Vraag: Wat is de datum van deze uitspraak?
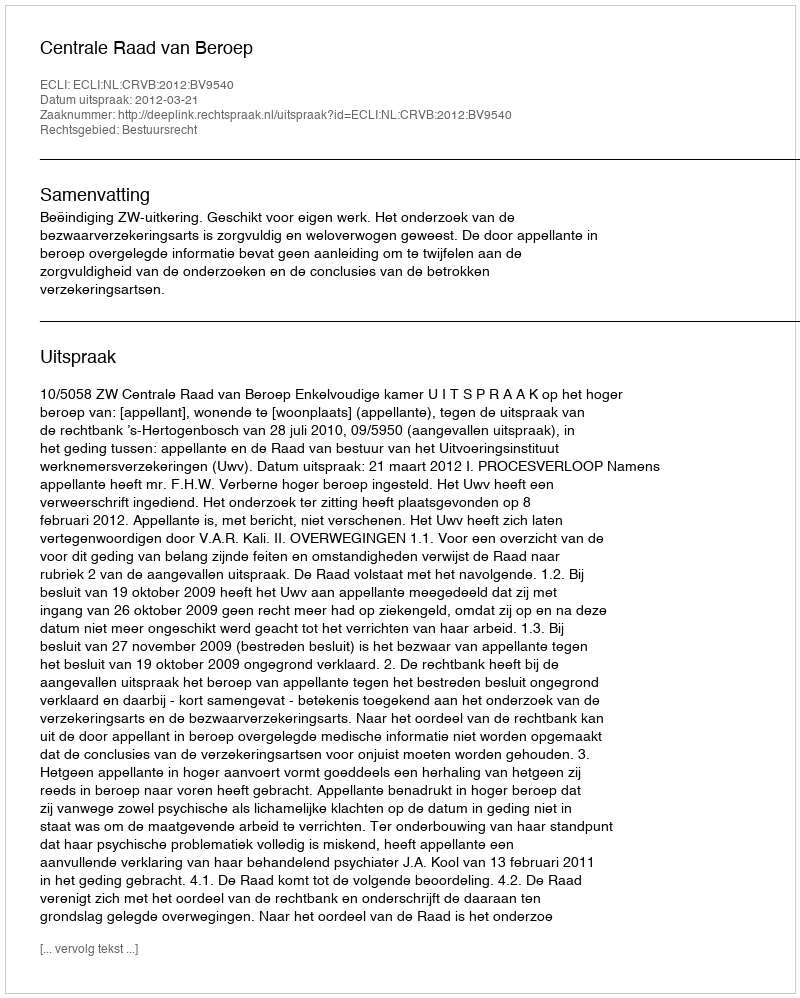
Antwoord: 2012-03-21